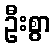
ဦးစွာ